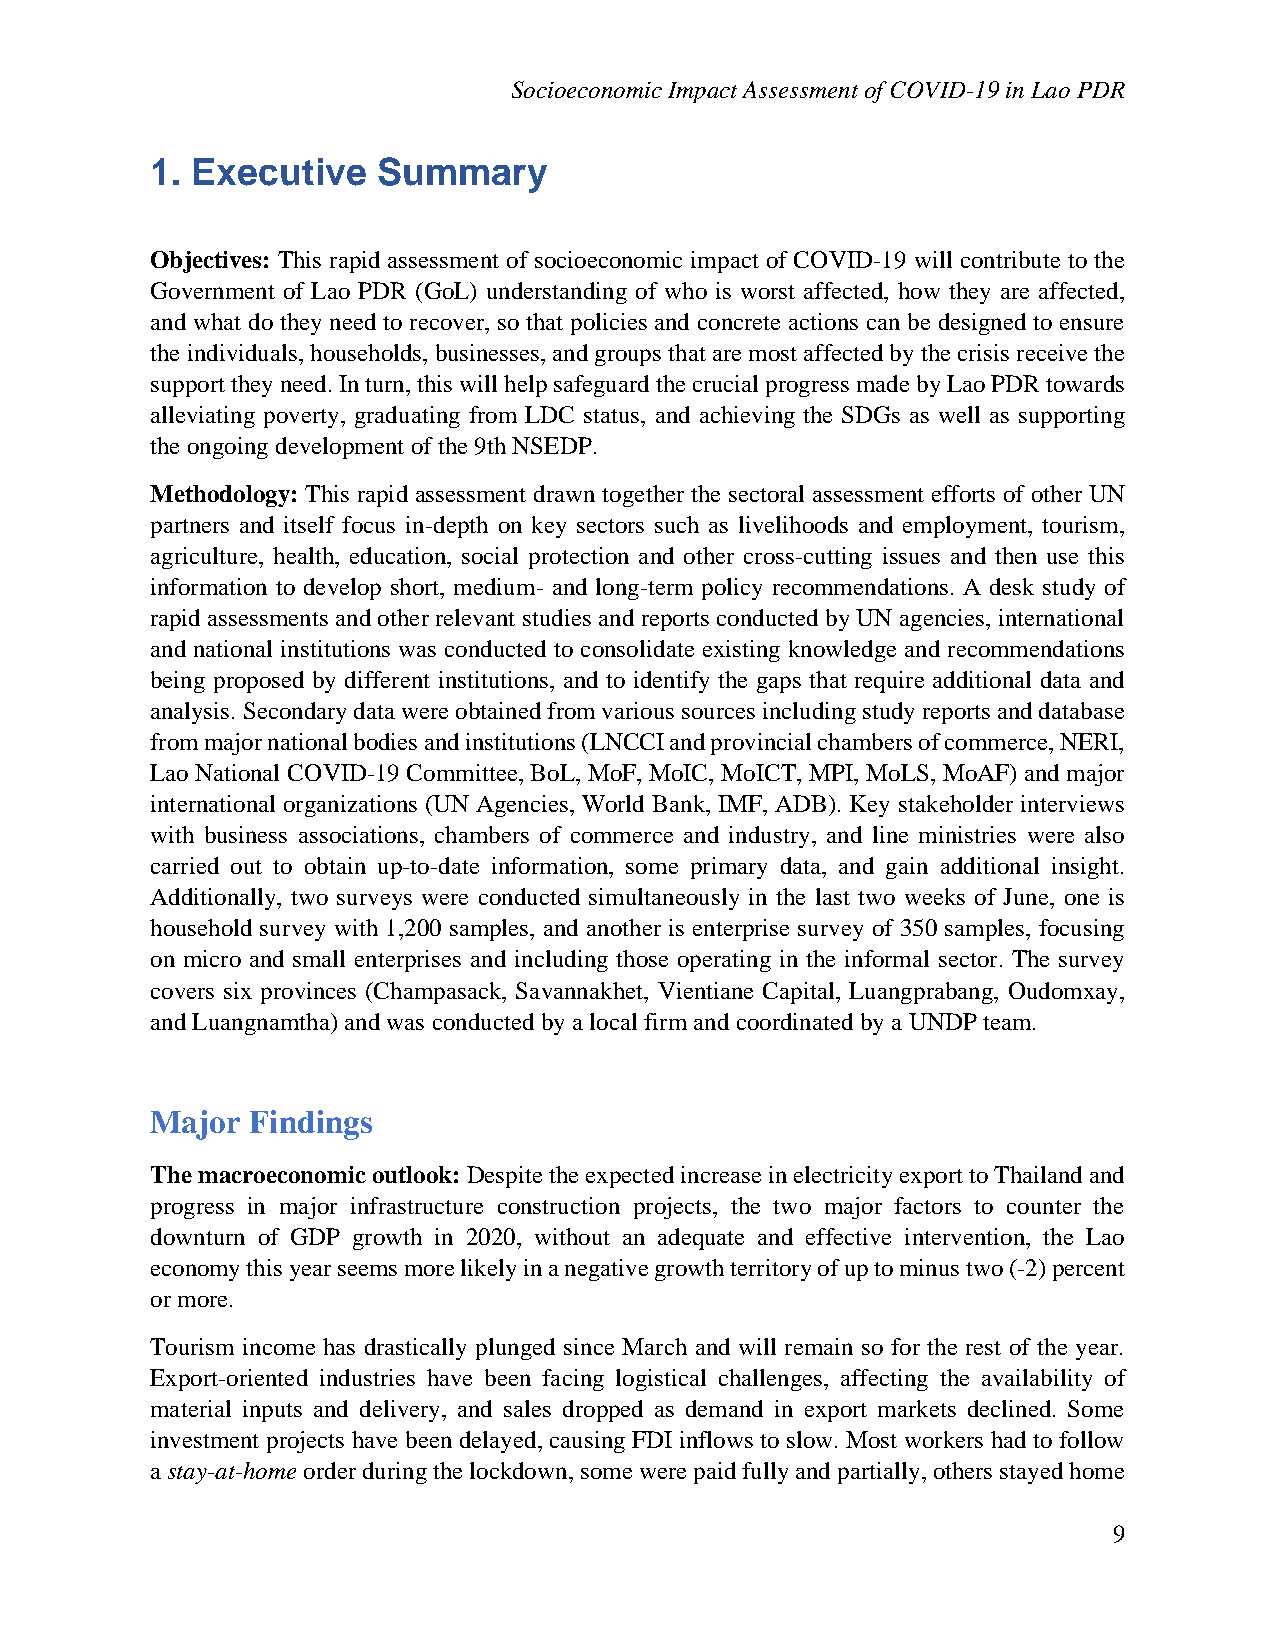
Socioeconomic Impact Assessment of COVID-19 in Lao PDR
 1. Executive   Summary
 Objectives: This rapid assessment of socioeconomic impact of COVID-19 will contribute to the
 Government of Lao PDR (GoL) understanding of who is worst affected, how they are affected,
 and what do they need to recover, so that policies and concrete actions can be designed to ensure
 the individuals, households, businesses, and groups that are most affected by the crisis receive the
 support they need. In turn, this will help safeguard the crucial progress made by Lao PDR towards
 alleviating poverty, graduating from LDC status, and achieving the SDGs as well as supporting
 the ongoing development of the 9th NSEDP.
 Methodology: This rapid assessment drawn together the sectoral assessment efforts of other UN
 partners and itself focus in-depth on key sectors such as livelihoods and employment, tourism,
 agriculture, health, education, social protection and other cross-cutting issues and then use this
 information to develop short, medium- and long-term policy recommendations. A desk study of
 rapid assessments and other relevant studies and reports conducted by UN agencies, international
 and national institutions was conducted to consolidate existing knowledge and recommendations
 being proposed by different institutions, and to identify the gaps that require additional data and
 analysis. Secondary data were obtained from various sources including study reports and database
 from major national bodies and institutions (LNCCI and provincial chambers of commerce, NERI,
 Lao National COVID-19 Committee, BoL, MoF, MoIC, MoICT, MPI, MoLS, MoAF) and major
 international organizations (UN Agencies, World Bank, IMF, ADB). Key stakeholder interviews
 with business associations, chambers of commerce and industry, and line ministries were also
 carried out to obtain up-to-date information, some primary data, and gain additional insight.
 Additionally, two surveys were conducted simultaneously in the last two weeks of June, one is
 household survey with 1,200 samples, and another is enterprise survey of 350 samples, focusing
 on micro and small enterprises and including those operating in the informal sector. The survey
 covers six provinces (Champasack, Savannakhet, Vientiane Capital, Luangprabang, Oudomxay,
 and Luangnamtha) and was conducted by a local firm and coordinated by a UNDP team.
 Major Findings
 The macroeconomic outlook: Despite the expected increase in electricity export to Thailand and
 progress in major infrastructure construction projects, the two major factors to counter the
 downturn of GDP growth in 2020, without an adequate and effective intervention, the Lao
 economy this year seems more likely in a negative growth territory of up to minus two (-2) percent
 or more.
 Tourism income has drastically plunged since March and will remain so for the rest of the year.
 Export-oriented industries have been facing logistical challenges, affecting the availability of
 material inputs and delivery, and sales dropped as demand in export markets declined. Some
 investment projects have been delayed, causing FDI inflows to slow. Most workers had to follow
 a stay-at-home order during the lockdown, some were paid fully and partially, others stayed home
 9